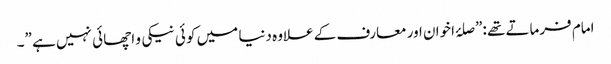
امام فرماتے تھے :”صلۂ اخوان اور معارف کے علاوہ دنیا میں کو ئی نیکی و اچھا ئی نہیں ہے ”۔